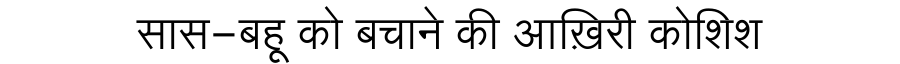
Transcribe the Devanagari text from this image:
सास-बहू को बचाने की आख़िरी कोशिश